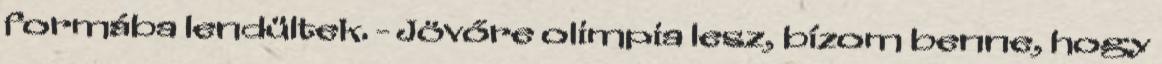
formába lendültek. - Jövőre olimpia lesz, bízom benne, hogy